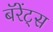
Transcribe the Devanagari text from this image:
बॅरेंट्‌स